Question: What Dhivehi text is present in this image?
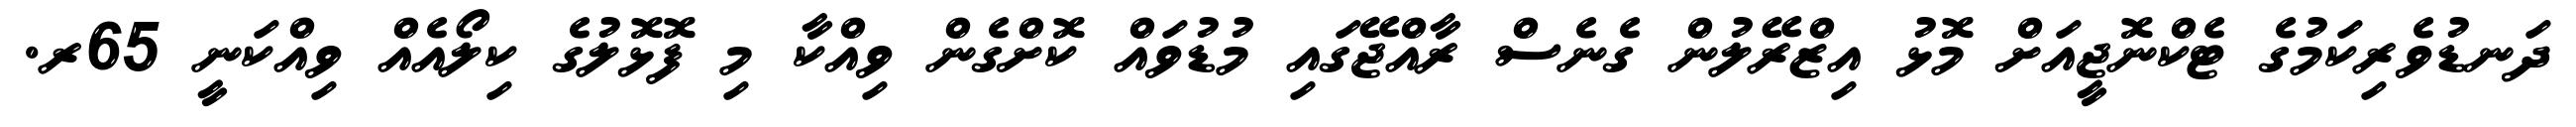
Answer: ދަނޑުވެރިކަމުގެ ޓެކްނޮޖީއަށް މޮޅު އިޒްރޭލުން ގެނެސް ރާއްޖޭގައި މުޑުވައް ކޮށްގެން ވިއްކާ މި ފޮޅޮލުގެ ކިލޯއެއް ވިއްކަނީ 65ރ.